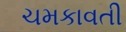
ચમકાવતી